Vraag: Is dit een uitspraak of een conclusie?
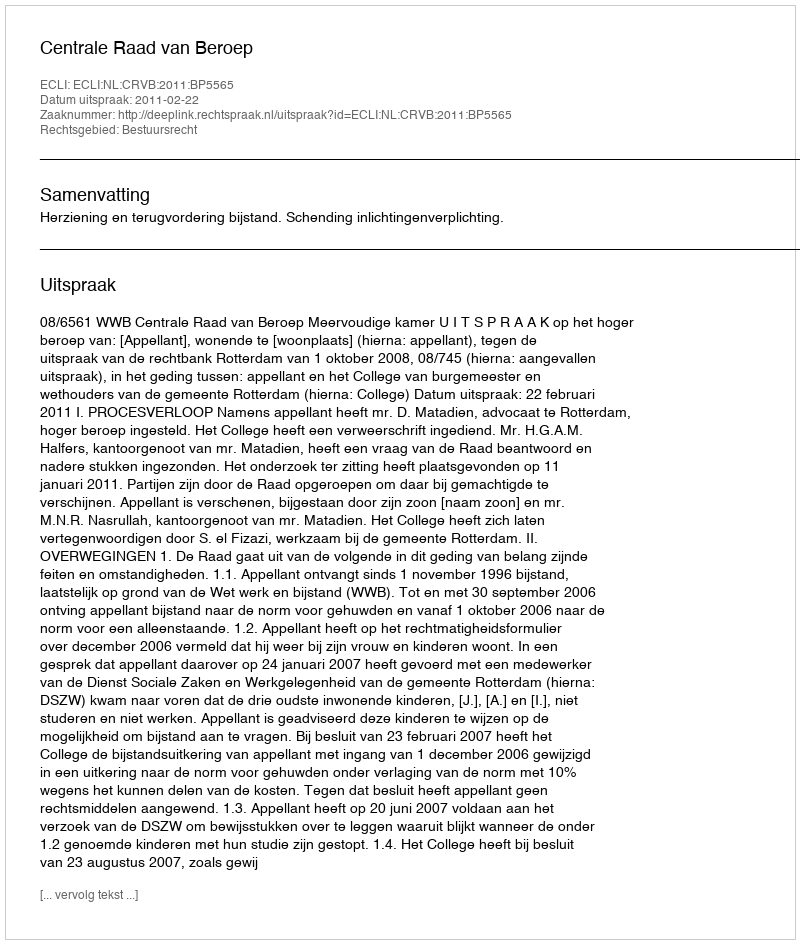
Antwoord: Uitspraak